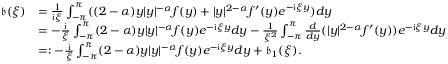
\begin{array} { r l } { \mathfrak { b } ( \xi ) } & { = \frac { 1 } { \mathrm { i } \xi } \int _ { - \pi } ^ { \pi } ( ( 2 - \alpha ) y | y | ^ { - \alpha } f ( y ) + | y | ^ { 2 - \alpha } f ^ { \prime } ( y ) e ^ { - \mathrm { i } \xi y } ) d y } \\ & { = - \frac { \mathrm { i } } { \xi } \int _ { - \pi } ^ { \pi } ( 2 - \alpha ) y | y | ^ { - \alpha } f ( y ) e ^ { - \mathrm { i } \xi y } d y - \frac { 1 } { \xi ^ { 2 } } \int _ { - \pi } ^ { \pi } \frac { d } { d y } ( | y | ^ { 2 - \alpha } f ^ { \prime } ( y ) ) e ^ { - \mathrm { i } \xi y } d y } \\ & { = : - \frac { \mathrm { i } } { \xi } \int _ { - \pi } ^ { \pi } ( 2 - \alpha ) y | y | ^ { - \alpha } f ( y ) e ^ { - \mathrm { i } \xi y } d y + \mathfrak { b } _ { 1 } ( \xi ) . } \end{array}